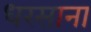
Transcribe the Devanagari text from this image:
धरसाना